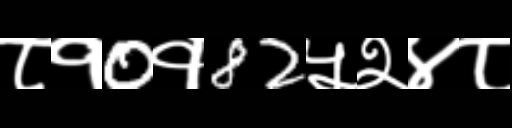
Text: ८१0१82५२४८